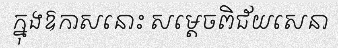
ក្នុងឱកាសនោះ សម្តេចពិជ័យសេនា